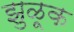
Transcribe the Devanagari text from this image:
झुळूक